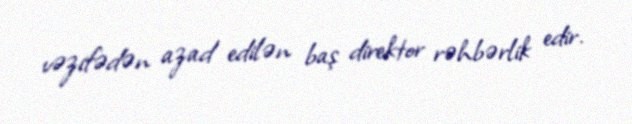
vəzifədən azad edilən baş direktor rəhbərlik edir.